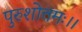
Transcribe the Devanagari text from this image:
पुरुशोत्तमः।।